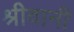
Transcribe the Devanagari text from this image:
श्रीवानी